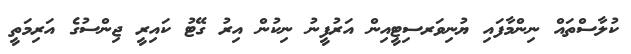
ކުލާސްތައް ނިންމާފައި ޔުނިވަރސިޓީއިން އަރުފީނު ނިކުން އިރު ގޭޓު ކައިރީ ޖިންސުގެ އަރިމަތީ